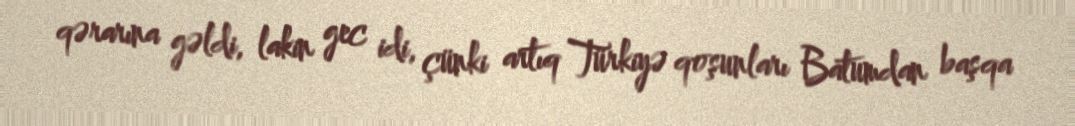
qərarına gəldi, lakin gec idi, çünki artıq Türkiyə qoşunları Batumdan başqa